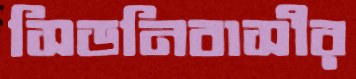
সিডনিবাসীর